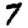
Digit: 7